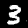
Digit: 3